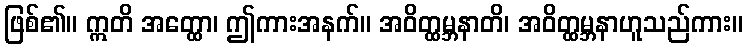
ဖြစ်၏။ ဣတိ အတ္ထော၊ ဤကားအနက်။ အဝိတ္ထမ္ဘနာတိ၊ အဝိတ္ထမ္ဘနာဟူသည်ကား။